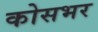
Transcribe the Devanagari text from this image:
कोसभर